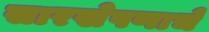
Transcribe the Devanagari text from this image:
सारखेपणाचे